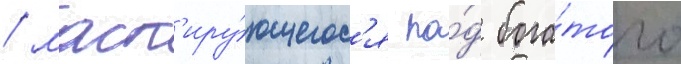
/ маск'иру́ющегос'я по́д бога́того